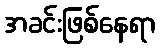
အခင်းဖြစ်နေရာ